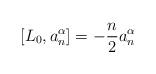
LaTeX: \begin{align*}[L_{0},a^{\alpha}_{n}] =-\frac{n}{2}a^{\alpha}_{n}\end{align*}